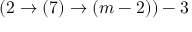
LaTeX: ( 2 \rightarrow ( 7 ) \rightarrow ( m - 2 ) ) - 3